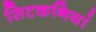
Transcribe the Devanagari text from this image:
सिटकनियां